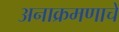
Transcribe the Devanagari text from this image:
अनाक्रमणाचे